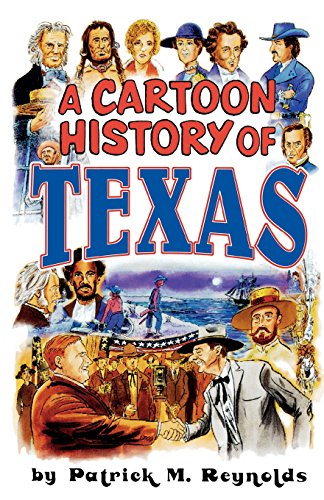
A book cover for A Cartoon History of Texas; Patrick M. Reynolds; Literature & Fiction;